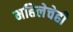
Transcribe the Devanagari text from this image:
महिलेचेही